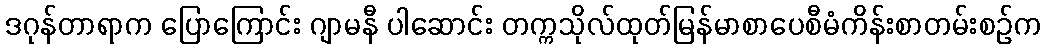
ဒဂုန်တာရာက ပြောကြောင်း ဂျာမနီ ပါဆောင်း တက္ကသိုလ်ထုတ်မြန်မာစာပေစီမံကိန်းစာတမ်းစဉ်က